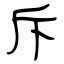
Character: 斥